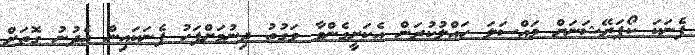
ފެނަކަ ކޯޕަރޭޝަނަށް މައްސަލަ ހައްލުކުރަން އެކަށީގެންވާ ވަގުތު ދިނުމަށްފަހު ފެނަކައިން އެދުނު ގޮތަށް